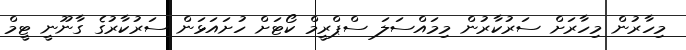
މިހާރުން މިހާރަށް ސަރުކާރުން މިމައްސަލަ ސްޕްރީމް ކޯޓަށް ހުށައަޅަން ސަރުކާރުގެ ގާނޫނީ ޓީމް